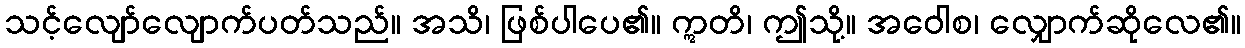
သင့်လျော်လျောက်ပတ်သည်။ အသိ၊ ဖြစ်ပါပေ၏။ ဣတိ၊ ဤသို့။ အဝေါစ၊ လျှောက်ဆိုလေ၏။